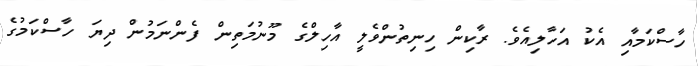
ހާސްކަމާއި އެކު އަހާލިއެވެ. ރާކިން ހިނިތުންވެލީ އާހިލްގެ މޫނުމަތިން ފެންނަމުން ދިޔަ ހާސްކަމުގެ